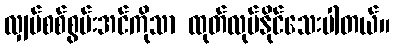
လျှပ်စစ်စွမ်းအင်ကိုသာ ထုတ်လုပ်နိုင်သေးပါတယ်။